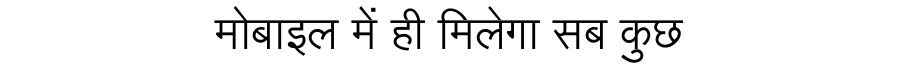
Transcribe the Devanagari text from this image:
मोबाइल में ही मिलेगा सब कुछ